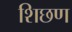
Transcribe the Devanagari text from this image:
शिछण